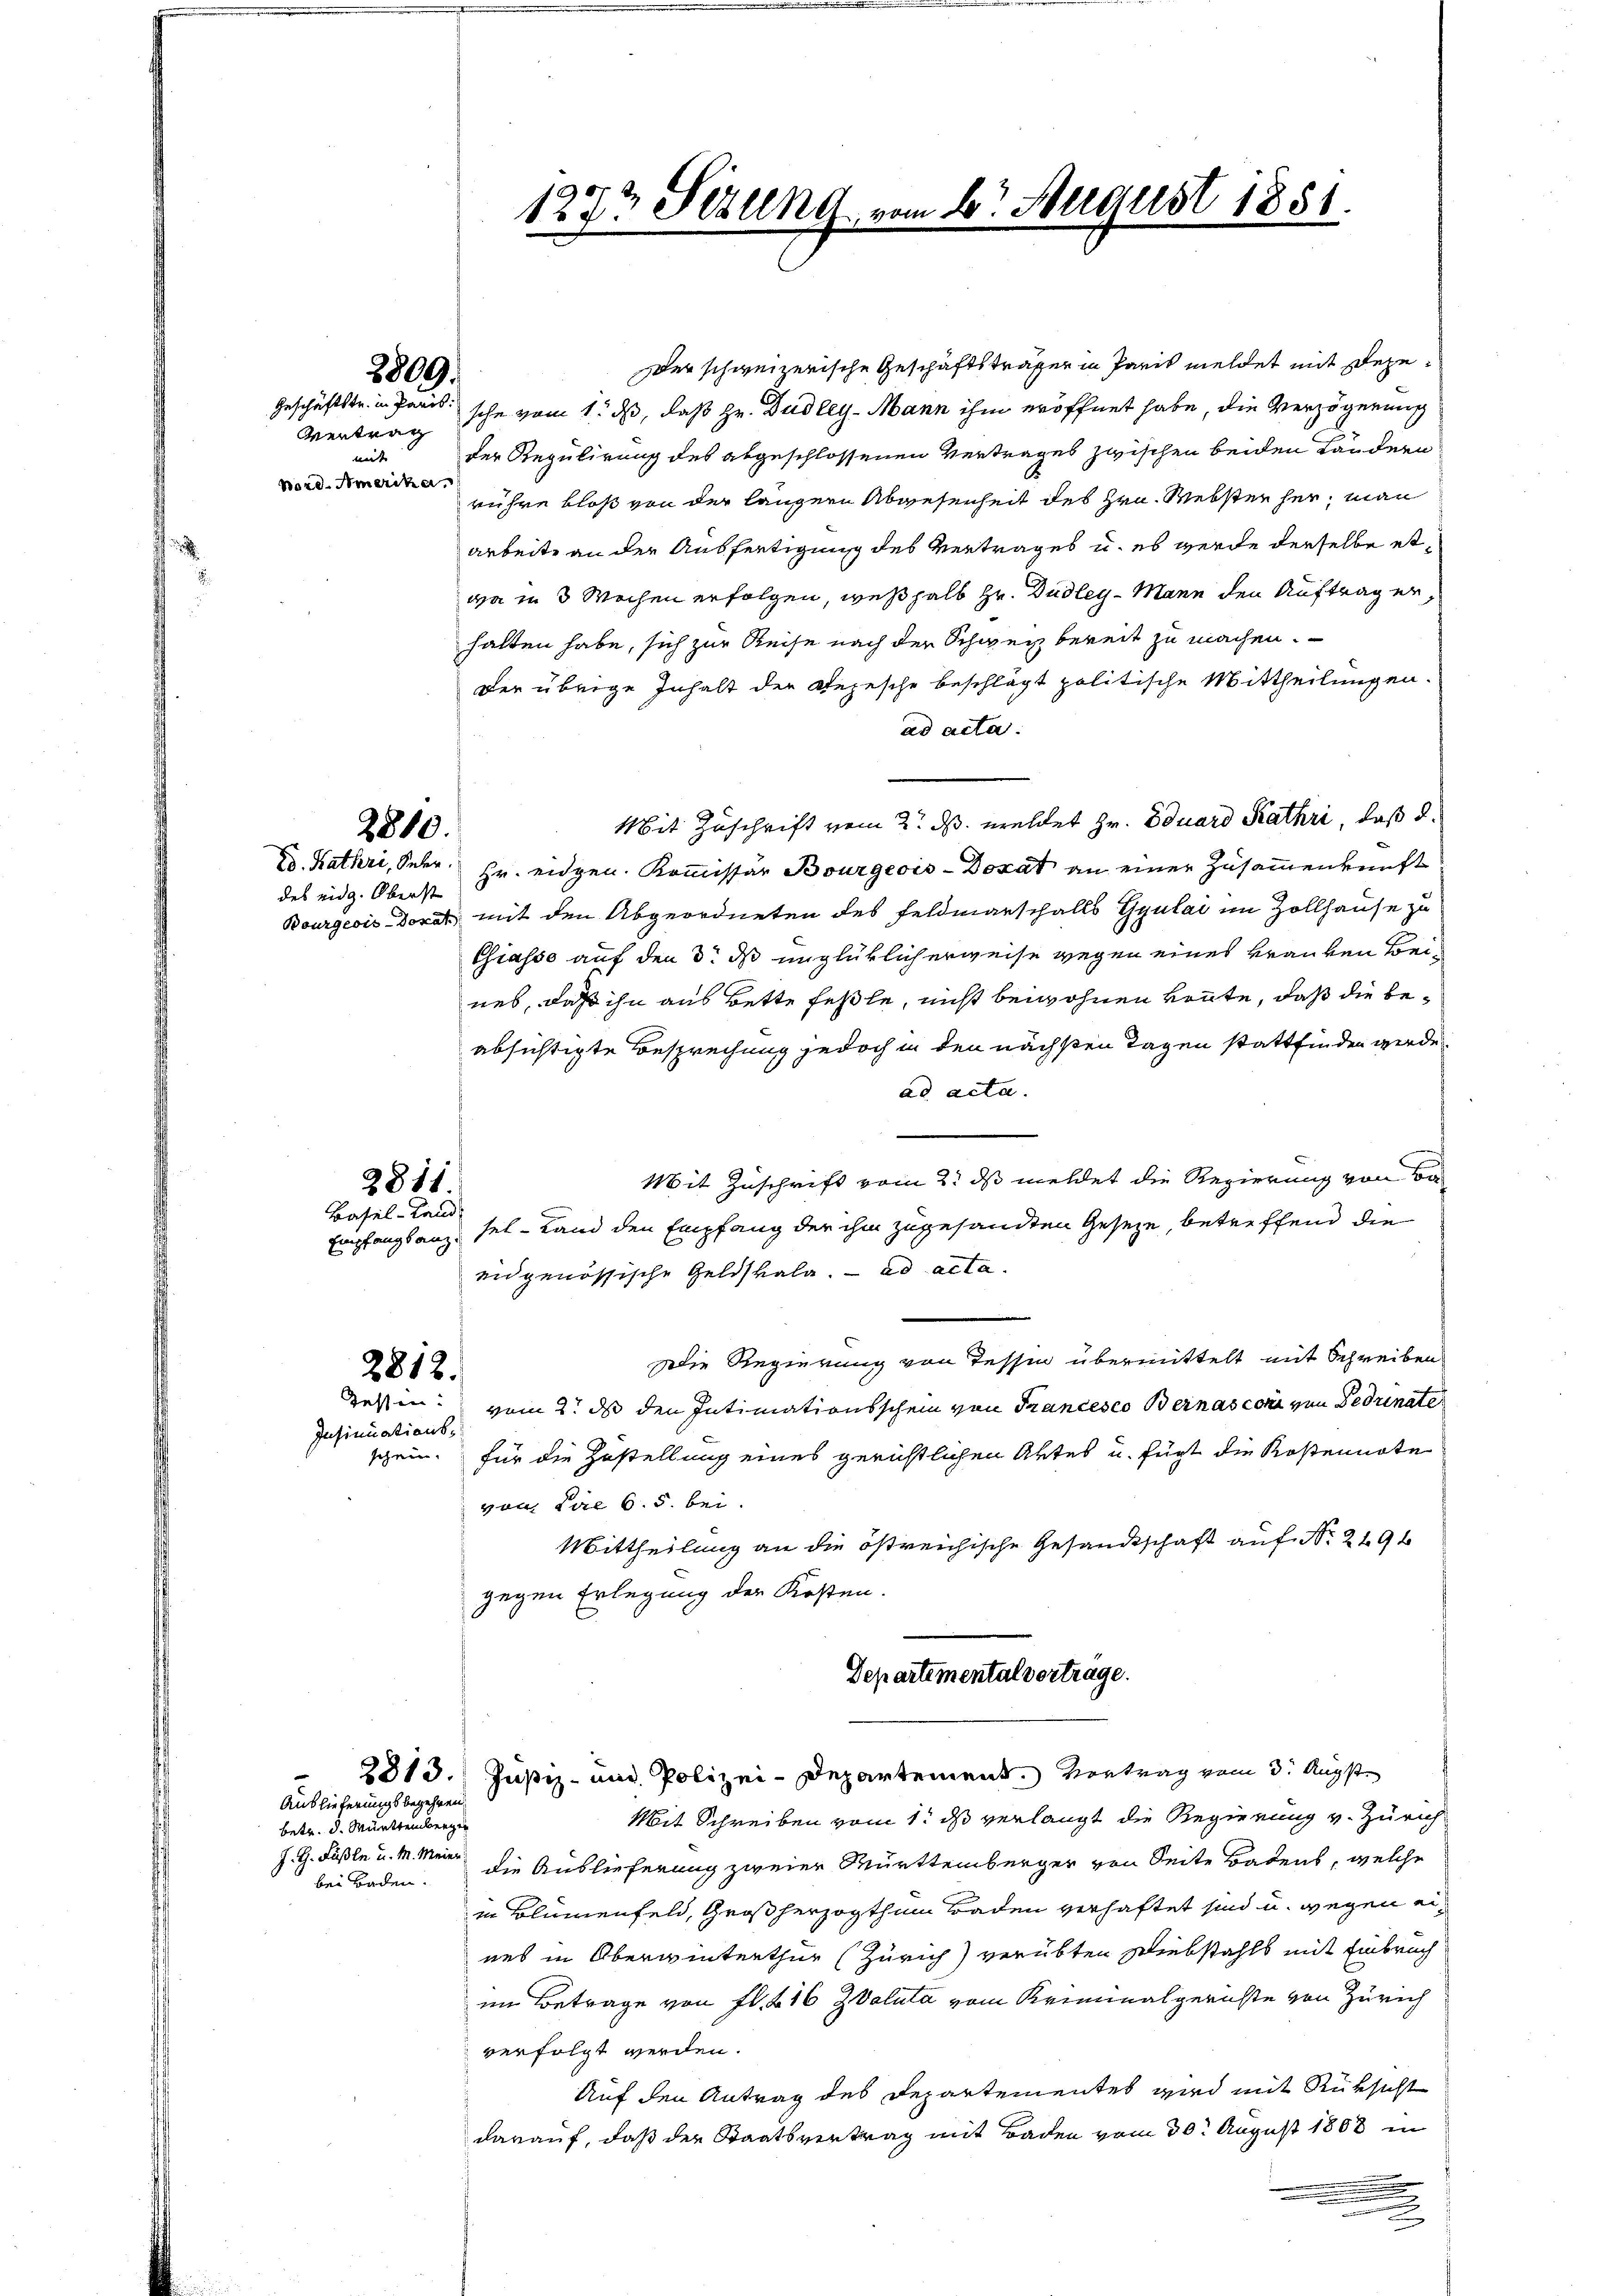
Vertrag
mit
Bord-Amerika.

2810.

des eidg. Oberst

2811.
Basel-Land

Insinuations-

8809.

2812.

Auslieferungsbegehren.
betr. d. Württemberger
bei Baden.

der schweizerische Geschäftsträger in Paris meldet mit Dege¬
Geschäftstr. in Paris sche vom 1. ds, daß Hr. Dudley-Mann ihm eröffnet habe, die Verzögerung
der Regulirung des abgeschlossenen Vertrages zwischen beiden Ländern
rühre bloß von der längern Abwesenheit des Hrn. Websten her, man
Arbeite an der Ausfertigung des Vertrages u. es werde derselbe etwa in 3 Wochen erfolgen, weßhalb Hr. Dudley- Mann den Auftrag erhalten habe, sich zur Reise nach der Schweiz bereit zu machen.
der übrige Inhalt der Depesche beschlägt politische Mittheilungen.
ad acta.
Mit Zuschrift vom 2. ds. meldet Hr. Eduard Kathri, daß d.
D. Kathri, Seher Hr. eidgen. Kommissär Bourgeois-Doxat an einer Zusammenkunft
Bourgeois Dort mit den Abgeordneten des Feldmarschalls Gyulai im Zollhause zu
Chiasso auf den 3. ds unglüklicherweise wegen eines Brauten Beineb, daß ihn aus Bette feste, nicht beiwohnen konnte, daß die beabsichtigte Besprechung jedoch in den nächsten Tagen stattfinden werde
ad acta.
Mit Zuschrift vom 2. ds meldet die Regierung von Ba¬
Empfangsanz, sel-Land den Empfang der ihm zugesandten Geseze, betreffend die
eidgenössische Geldskala. ad acta.
Die Regierung von Tessin übermittelt mit Schreiben
Zetten: vom 2. ds den Intimationsschein von Francesco Bernasconi von Bedinate
schein, für die Zustellung eines gerichtlichen Aktes u. fügt die Kostennote
von die 6. 5. bei.
Mittheilung an die östreichische Gesandtschaft auf Nr. 219 f
gegen Erlegung der Kosten.
Departementalvertrage.
2813. Justiz- und Polizei-Departement. Vortrag vom 3. Augst
Mit Schreiben vom 1. ds verlangt die Regierung v. Zürich
Z. G. Fußle u. M. Mein die Auslieferung zweier Muettemberger von Seite Badens, welche
in Blumenfeld, Großherzogthum Baden verhaftet sind u. wegen eines in Oberwinterthur (Zürich) verübten Diebstahls mit Einbruch
im Betrage von fl. 216 ZValuta vom Kriminalgerichte von Zürich
verfolgt werden.
Auf den Antrag des Departementes wird mit Rüksicht
darauf, daß der Staatsvertrag mit Baden vom 30. August 1868 in
.

123t Sezung vom 6. August 1851.

u